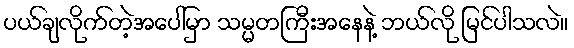
ပယ်ချလိုက်တဲ့အပေါ်မှာ သမ္မတကြီးအနေနဲ့ ဘယ်လို မြင်ပါသလဲ။